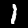
Digit: 1